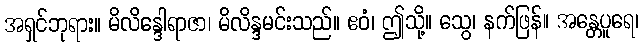
အရှင်ဘုရား။ မိလိန္ဒေါရာဇာ၊ မိလိန္ဒမင်းသည်။ ဧဝံ၊ ဤသို့။ သွေ၊ နက်ဖြန်။ အန္တေပူရေ၊